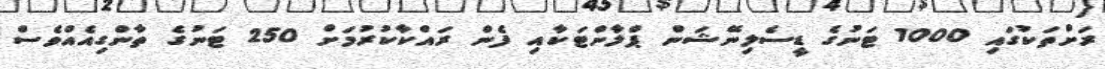
ރަށްތަކުގައި 1000 ޓަނުގެ ޑީސެލިނޭޝަން ޕްލާންޓަކާއި ފެން ރައްކާކުރުމަށް 250 ޓަނުގެ ތާންގިއެއްވެސް